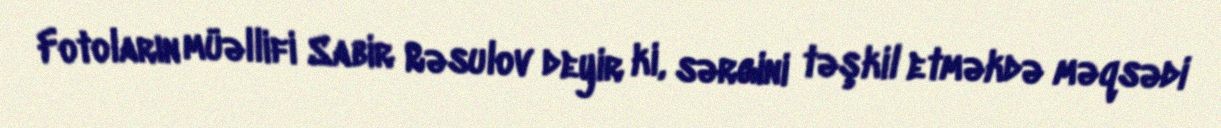
Fotoların müəllifi Sabir Rəsulov deyir ki, sərgini təşkil etməkdə məqsədi